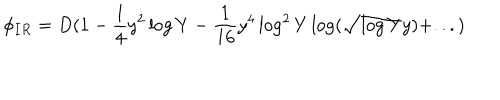
\phi _ { I R } = D ( 1 - { \frac { 1 } { 4 } } y ^ { 2 } \log Y - { \frac { 1 } { 1 6 } } y ^ { 4 } \log ^ { 2 } Y \log ( \sqrt { \log Y } y ) + . . . )